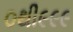
૦થી૯૯૯